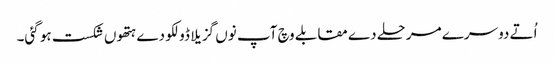
اُتے دوسرے مرحلے دے مقابلے وچ آپ نو‏‏ں گزیلا ڈولکو دے ہتھو‏ں شکست ہو گئی۔